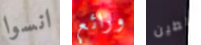
انسوا ورائع الطين